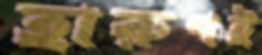
হারুণই